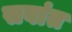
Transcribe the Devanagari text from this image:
सवांत